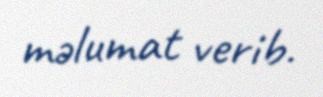
məlumat verib.